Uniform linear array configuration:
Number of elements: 8
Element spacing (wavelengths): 0.25
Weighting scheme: hamming
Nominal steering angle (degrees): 15
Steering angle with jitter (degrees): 15.48
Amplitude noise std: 0.05
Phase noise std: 0.05

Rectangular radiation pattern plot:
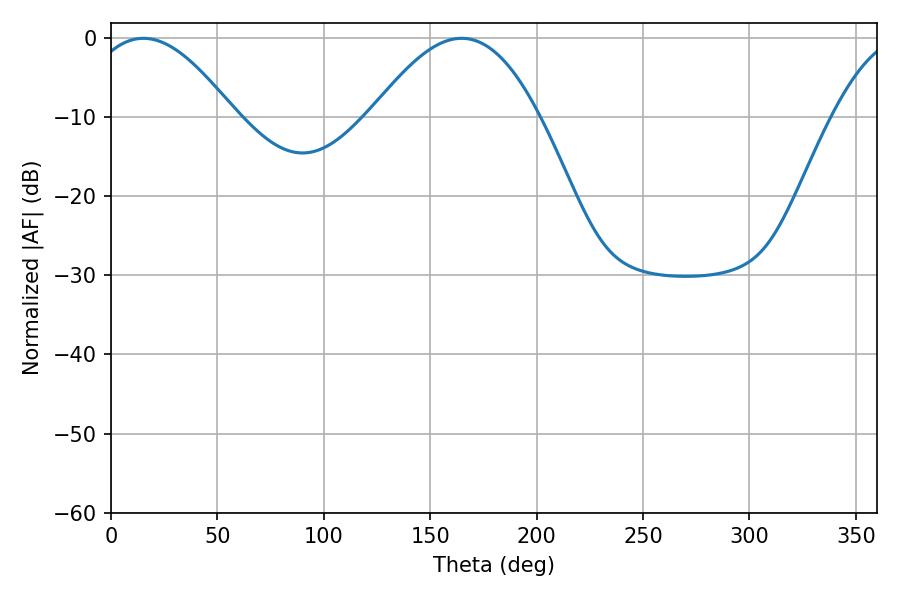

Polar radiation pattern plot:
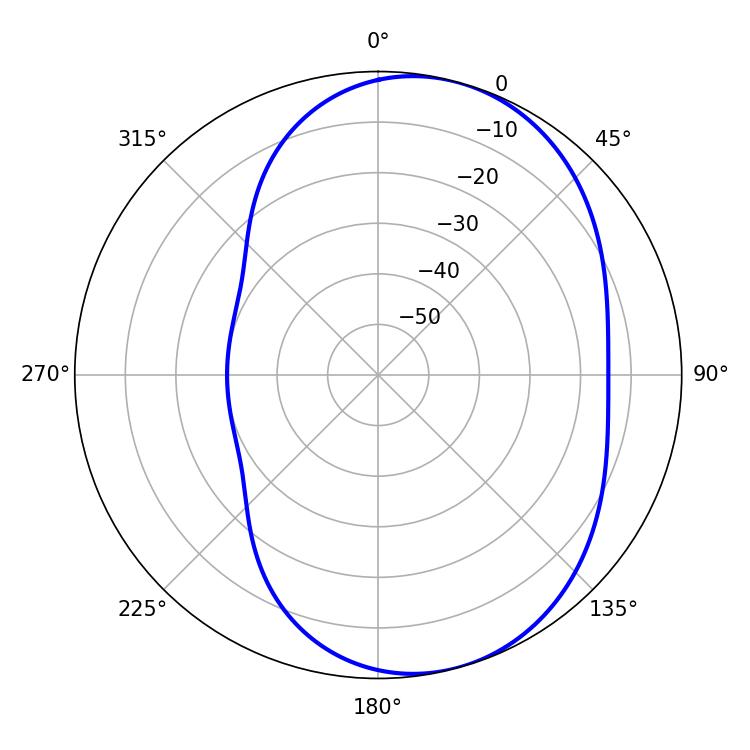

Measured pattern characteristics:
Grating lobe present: FALSE
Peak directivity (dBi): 6.097
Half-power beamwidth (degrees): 37.8
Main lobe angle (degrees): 15.3